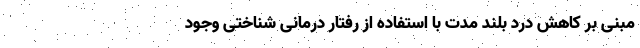
مبنی بر کاهش درد بلند مدت با استفاده از رفتار درمانی شناختی وجود